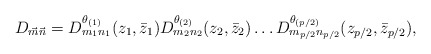
\begin{align*} D_{\vec{m}\vec{n}}=D^{\theta_{(1)}}_{m_1n_1}(z_1,\bar{z}_1) D^{\theta_{(2)}}_{m_2n_2}(z_2,\bar{z}_2) \dots D^{\theta_{(p/2)}}_{m_{p/2}n_{p/2}}(z_{p/2},\bar{z}_{p/2}),\end{align*}